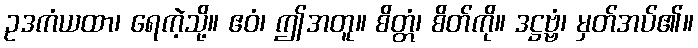
ဥဒကံယထာ၊ ရေကဲ့သို့။ ဧဝံ၊ ဤအတူ။ စိတ္တံ၊ စိတ်ကို။ ဒဋ္ဌဗ္ဗံ၊ မှတ်အပ်၏။